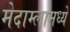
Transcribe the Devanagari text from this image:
मेदाम्लामध्ये